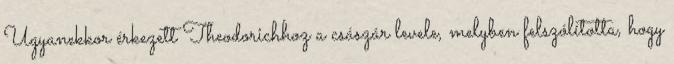
Ugyanekkor érkezett Theodorichhoz a császár levele, melyben felszólította, hogy